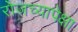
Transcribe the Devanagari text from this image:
रोजच्यापेक्षा